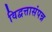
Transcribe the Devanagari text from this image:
विद्वत्तासंपन्न